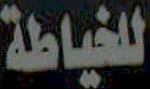
للخياطة